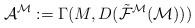
LaTeX: \begin{align*}\mathcal{A}^{\mathcal{M}}:=\Gamma(M,D(\tilde{\mathcal{F}}^{\mathcal{M}}(\mathcal{M})))\end{align*}